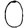
Digit: 0